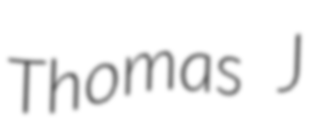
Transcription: Thomas J